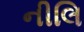
નીલિ